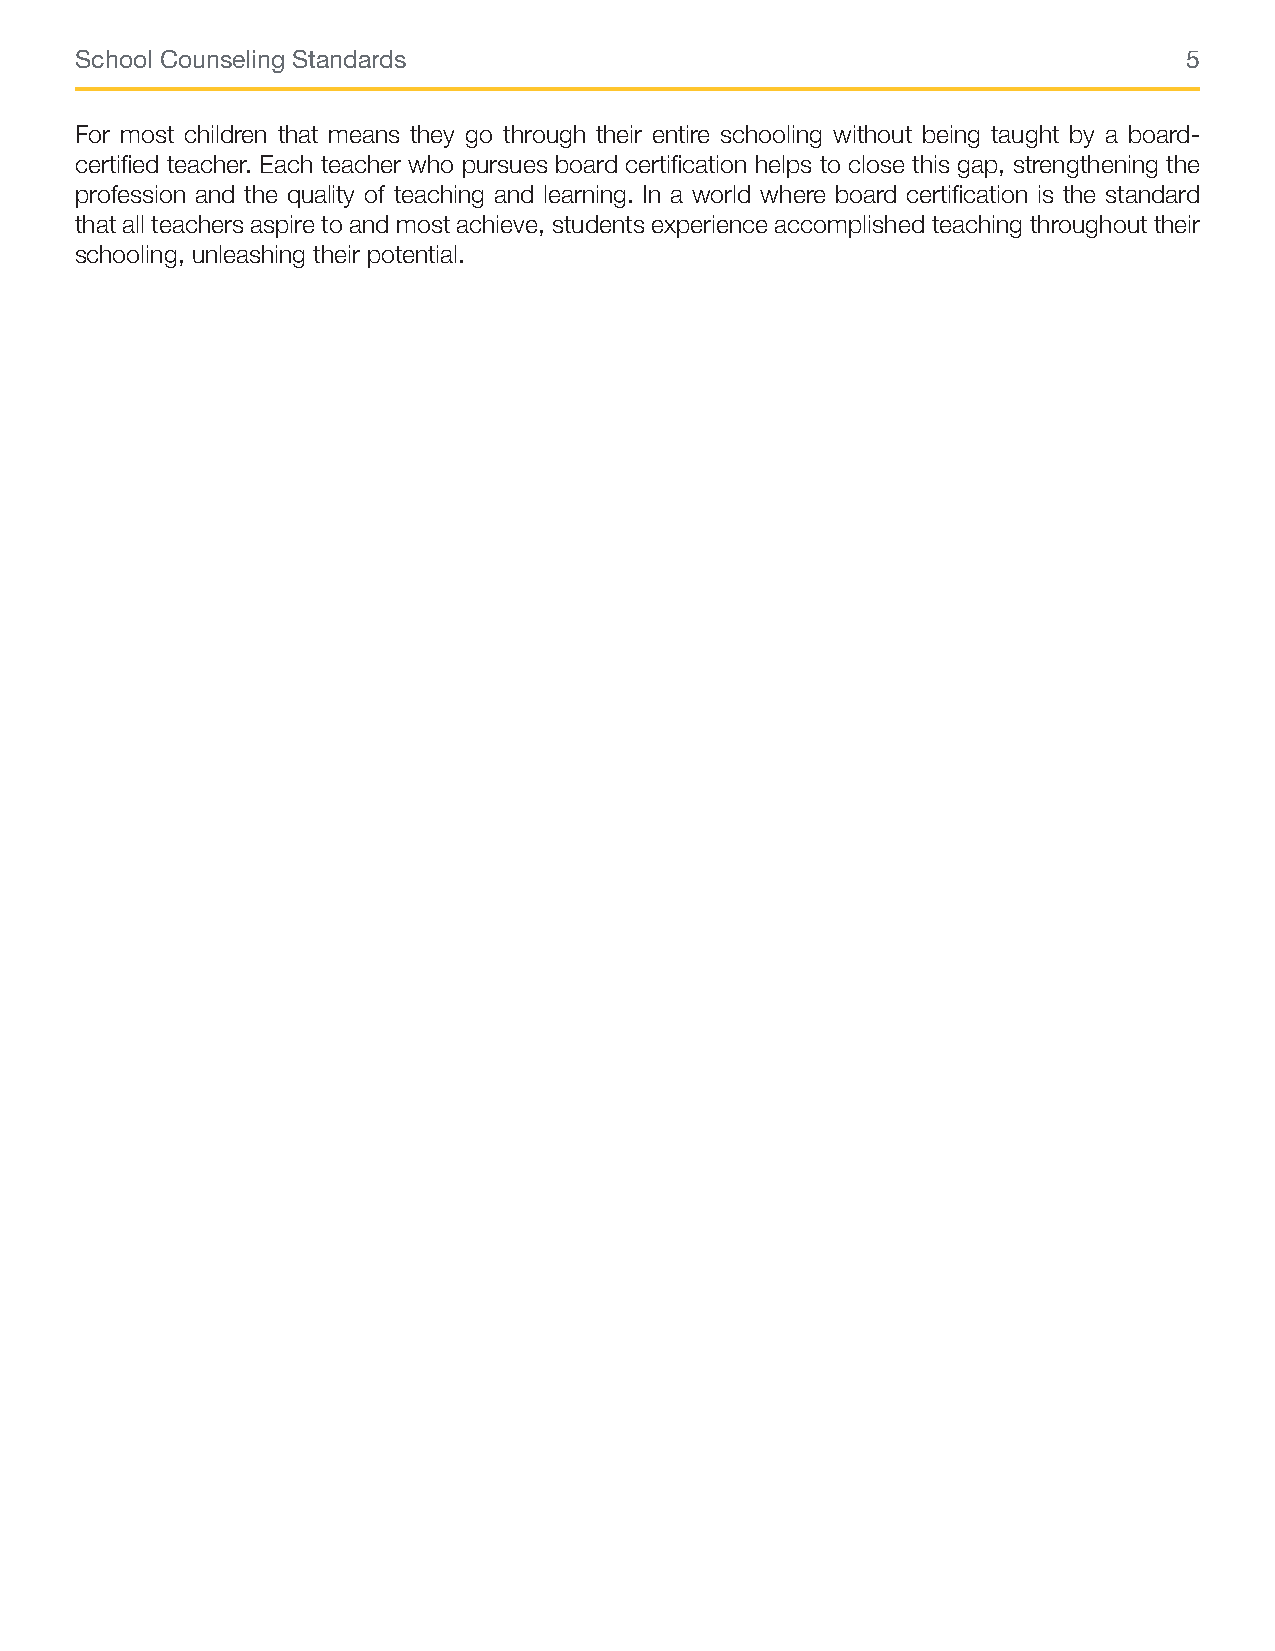
School Counseling Standards                                               5
 For most children that means they go through their entire schooling without being taught by a board-
 certified teacher. Each teacher who pursues board certification helps to close this gap, strengthening the
 profession and the quality of teaching and learning. In a world where board certification is the standard
 that all teachers aspire to and most achieve, students experience accomplished teaching throughout their
 schooling, unleashing their potential.